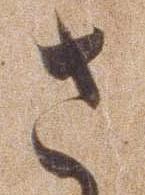
さ